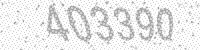
Solution: 403390